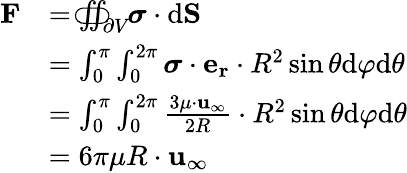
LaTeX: {\begin{array}{rl}{\mathbf{F}}&{=\iint_{\partial V}\! \! \! \! \! \! \! \! \! \! \! \! \! \! \subset\! \supset\; {\boldsymbol{\sigma}}\cdot{\mathrm{d}}\mathbf{S}}\\ &{=\int_{0}^{\pi}\int_{0}^{2\pi}{\boldsymbol{\sigma}}\cdot\mathbf{e_{r}}\cdot R^{2}\sin\theta{\mathrm{d}}\varphi{\mathrm{d}}\theta}\\ &{=\int_{0}^{\pi}\int_{0}^{2\pi}{\frac{3\mu\cdot\mathbf{u}_{\infty}}{2R}}\cdot R^{2}\sin\theta{\mathrm{d}}\varphi{\mathrm{d}}\theta}\\ &{=6\pi\mu R\cdot\mathbf{u}_{\infty}}\end{array}}